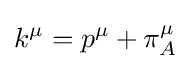
k^{\mu }=p^{\mu }+\pi _{A}^{\mu }